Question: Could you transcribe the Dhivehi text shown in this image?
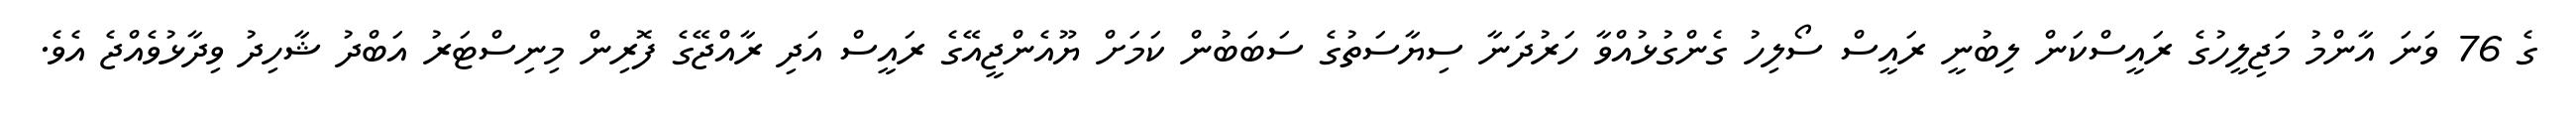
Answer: ގެ 76 ވަނަ އާންމު މަޖިލީހުގެ ރައީސްކަން ލިބުނީ ރައީސް ސޯލިހު ގެންގުޅުއްވާ ހަރުދަނާ ސިޔާސަތުގެ ސަބަބުން ކަމަށް ޔޫއެންޖީއޭގެ ރައީސް އަދި ރާއްޖޭގެ ފޮރިން މިނިސްޓަރު އަބްދު ޝާހިދު ވިދާޅުވެއްޖެ އެވެ.